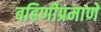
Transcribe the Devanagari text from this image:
बहिणीप्रमाणे